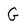
Character: G